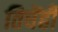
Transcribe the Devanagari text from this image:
तिघेंही